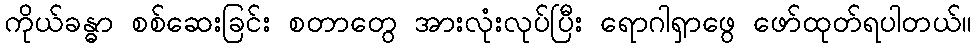
ကိုယ်ခန္ဓာ စစ်ဆေးခြင်း စတာတွေ အားလုံးလုပ်ပြီး ရောဂါရှာဖွေ ဖော်ထုတ်ရပါတယ်။